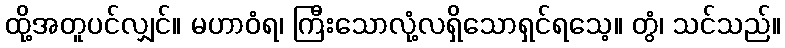
ထို့အတူပင်လျှင်။ မဟာဝံရ၊ ကြီးသောလုံ့လရှိသောရှင်ရသေ့။ တွံ၊ သင်သည်။